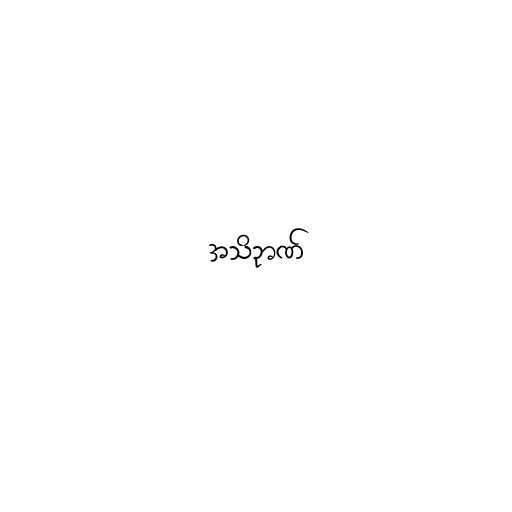
အသိဉာဏ်